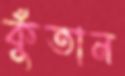
কুঁতান